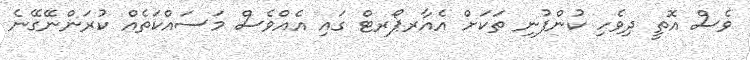
ވެސް އޮތީ ދިވެހި ކުންފުނި ތަކަށް އެއާރޕޯރޓް ގައި އެއްވެސް މަސައްކަތެއް ކުރަންނޭގޭނެ